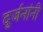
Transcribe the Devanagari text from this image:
दुर्जनांनी